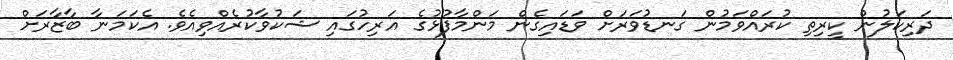
ދަރިކަލުން ކީރިތި ކުރައްވަމުން ގަނޑުވަރަށް ވަޑައިގެން މަންމާފުޅުގެ އަރިހުގައި ޝަކުވާކުރެއްވިއެވެ. އެކަމަނާ ބާޒާރަށް